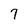
Character: 7